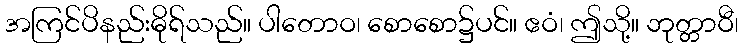
အကြင်ပိနည်းဓိုရ်သည်။ ပါတောဝ၊ စောစော၌ပင်။ ဧဝံ၊ ဤသို့။ ဘုတ္တာဝီ၊